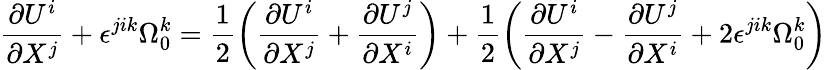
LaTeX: \frac{\partial U^{i}}{\partial X^{j}}+\epsilon^{jik}\Omega_{0}^{k}=\frac{1}{2}\left({\frac{\partial U^{i}}{\partial X^{j}}+\frac{\partial U^{j}}{\partial X^{i}}}\right)+\frac{1}{2}\left({\frac{\partial U^{i}}{\partial X^{j}}-\frac{\partial U^{j}}{\partial X^{i}}+2\epsilon^{jik}\Omega_{0}^{k}}\right)